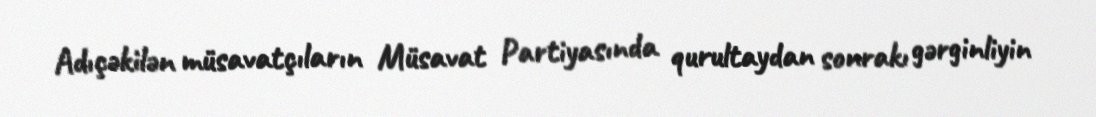
Adıçəkilən müsavatçıların Müsavat Partiyasında qurultaydan sonrakı gərginliyin